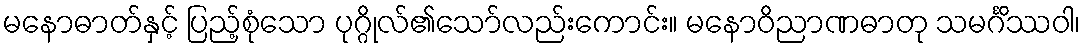
မနောဓာတ်နှင့် ပြည့်စုံသော ပုဂ္ဂိုလ်၏သော်လည်းကောင်း။ မနောဝိညာဏဓာတု သမင်္ဂိဿဝါ၊